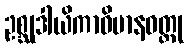
ဥစ္ဆုဒါယိကာဝိမာနဝတ္ထု